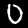
Digit: 0